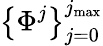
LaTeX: \left\{ \Phi^{j}\right\} _{j=0}^{j_{\mathrm{max}}}